Indian journal of veterinary science and animal husbandry - Volumes 18-21, 1948-1951
Year: 1948
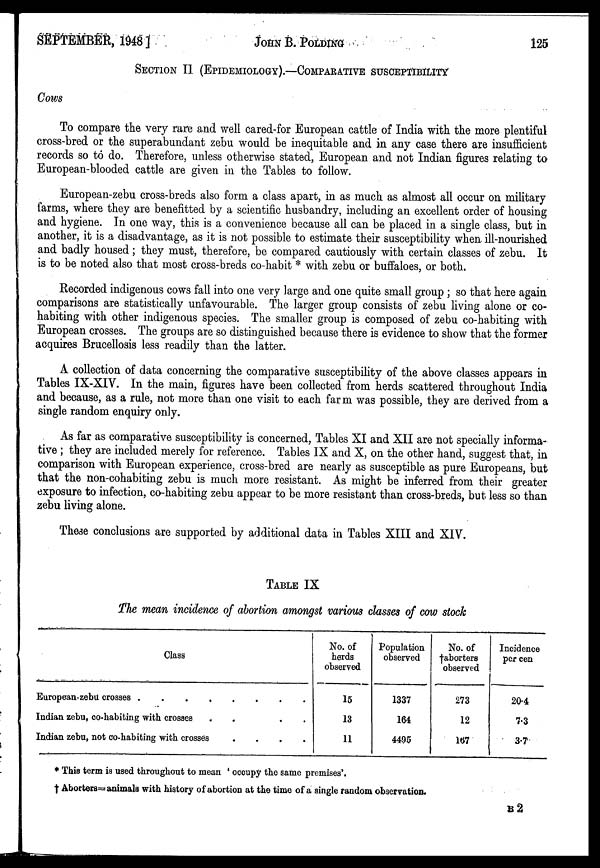
SEPTEMBER, 1948]
JOHN
B.
POLDING
125
SECTION II (EPIDEMIOLOGY).—COMPARATIVE SUSCEPTIBILITY
Cows
To compare the very rare and well cared-for European cattle of India with the more plentiful
cross-bred or the superabundant zebu would be inequitable and in any case there are insufficient
records so to do. Therefore, unless otherwise stated, European and not Indian figures relating to
European-blooded cattle are given in the Tables to follow.
European-zebu cross-breds also form a class apart, in as much as almost all occur on military
farms, where they are benefitted by a scientific husbandry, including an excellent order of housing
and hygiene. In one way, this is a convenience because all can be placed in a single class, but in
another, it is a disadvantage, as it is not possible to estimate their susceptibility when ill-nourished
and badly housed; they must, therefore, be compared cautiously with certain classes of zebu. It
is to be noted also that most cross-breds co-habit * with zebu or buffaloes, or both.
Recorded indigenous cows fall into one very large and one quite small group ; so that here again
comparisons are statistically unfavourable. The larger group consists of zebu living alone or co-
habiting with other indigenous species. The smaller group is composed of zebu co-habiting with
European crosses. The groups are so distinguished because there is evidence to show that the former
acquires Brucellosis less readily than the latter.
A collection of data concerning the comparative susceptibility of the above classes appears in
Tables IX-XIV. In the main, figures have been collected from herds scattered throughout India
and because, as a rule, not more than one visit to each farm was possible, they are derived from a
single random enquiry only.
As far as comparative susceptibility is concerned, Tables XI and XII are not specially informa-
tive ; they are included merely for reference. Tables IX and X, on the other hand, suggest that, in
comparison with European experience, cross-bred are nearly as susceptible as pure Europeans, but
that the non-cohabiting zebu is much more resistant. As might be inferred from their greater
exposure to infection, co-habiting zebu appear to be more resistant than cross-breds, but less so than
zebu living alone.
These conclusions are supported by additional data in Tables XIII and XIV.
TABLE IX
The mean incidence of abortion amongst various classes of cow stock
Class
European-zebu crosses . . . .
Indian zebu, co-habiting with crosses
.
.
.
.
Indian zebu, not co-habiting with crosses
.
.
.
.
No. of
herds
observed
15
13
11
Population
observed
1337
164
4495
No. of
†aborters
observed
273
12
167
Incidence
per cen
20.4
7.3
3.7
* This term is used throughout to mean ' occupy the same premises'.
† Aborters=animals with history of abortion at the time of a single random observation.
B 2